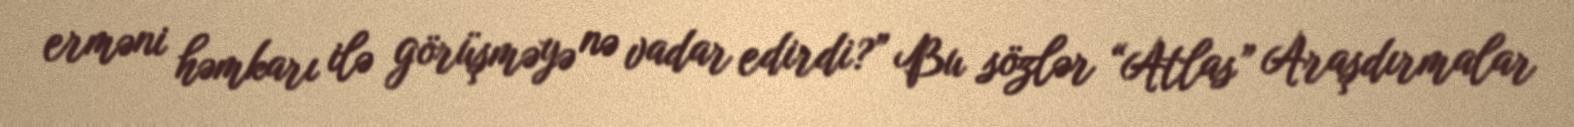
erməni həmkarı ilə görüşməyə nə vadar edirdi?” Bu sözlər “Atlas” Araşdırmalar